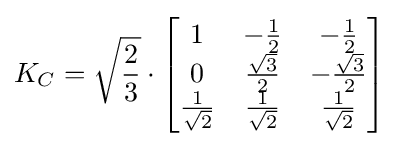
K_{C}={\sqrt {\frac {2}{3}}}\cdot {\begin{bmatrix}1&-{\frac {1}{2}}&-{\frac {1}{2}}\\0&{\frac {\sqrt {3}}{2}}&-{\frac {\sqrt {3}}{2}}\\{\frac {1}{\sqrt {2}}}&{\frac {1}{\sqrt {2}}}&{\frac {1}{\sqrt {2}}}\end{bmatrix}}